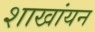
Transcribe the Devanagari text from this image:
शाखांयन